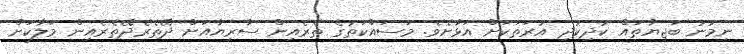
ނިމުނު ބަޖިޔާތައް ކުދިކުދި އުރަތަކަށް އަޅާށެވެ. މަސައްކަތުގެ ތެރެއިން ސާރިޔާއަށް ދޭތެރެދޭތެރެއިން މަލާކަށް